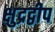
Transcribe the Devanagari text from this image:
क्षुद्रद्वीप